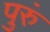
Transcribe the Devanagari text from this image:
पुरुं